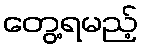
တွေ့ရမည့်